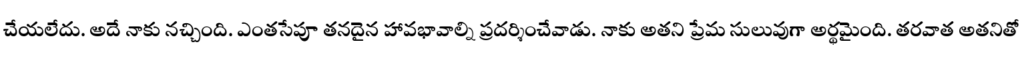
చేయలేదు. అదే నాకు నచ్చింది. ఎంతసేపూ తనదైన హావభావాల్ని ప్రదర్శించేవాడు. నాకు అతని ప్రేమ సులువుగా అర్థమైంది. తరవాత అతనితో